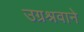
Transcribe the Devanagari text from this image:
उग्रश्रवाने